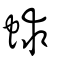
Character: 蛷